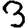
Digit: 3